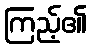
ကြည့်၏